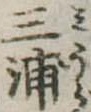
三浦